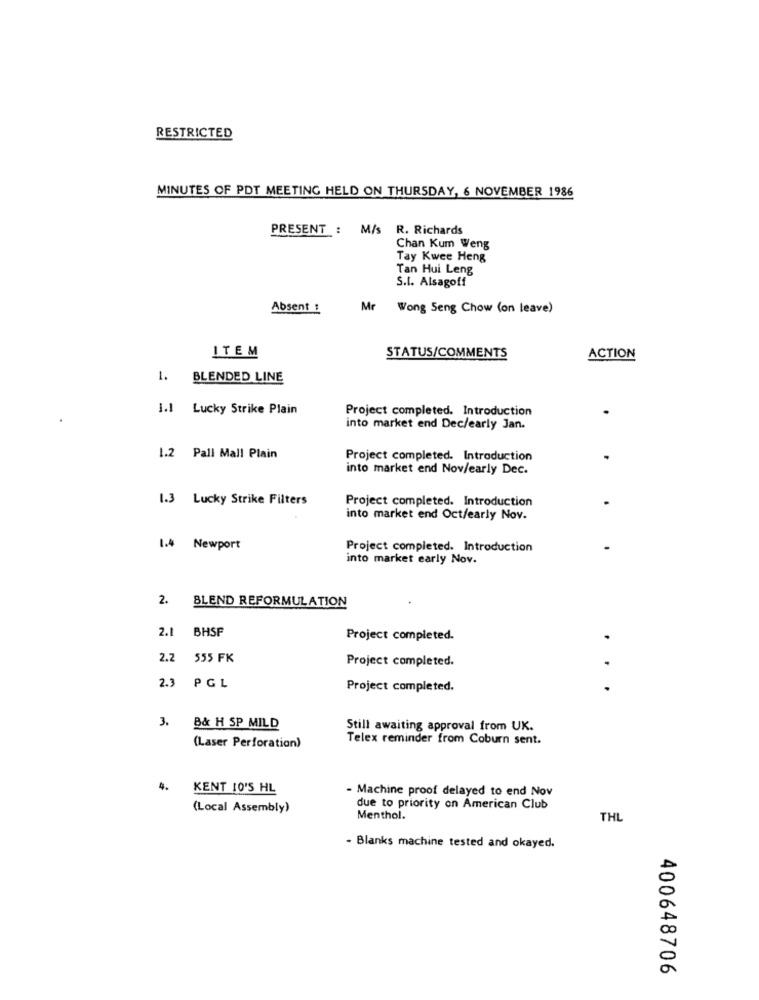
RESTRICTED
MINUTES OF PDT MEETING HELD ON THURSDAY, 6 NOVEMBER 1986
PRESENT : M/s R. Richards
Chan Kum Weng
Tay Kwee Heng
Tan Hui Leng
S.L. Alsagoff
Absent :
Mr
Wong Seng Chow (on leave)
ITEM
STATUS/COMMENTS
ACTION
1. BLENDED LINE
1.1 Lucky Strike Plain
Project completed. Introduction
into market end Dec/early Jan.
1.2 Pall Mall Plain
Project completed. Introduction
into market end Nov/early Dec.
1.3 Lucky Strike Filters
Project completed. Introduction
into market end Oct/early Nov.
1.4 Newport
Project completed. Introduction
into market early Nov.
2. BLEND REFORMULATION
2.1
BHSF
Project completed.
2.2
555 FK
Project completed.
2.3 P GL
Project completed.
3. B& H SP MILD
Still awaiting approval from UK.
Telex reminder from Coburn sent.
(Laser Perforation)
4.
KENT 10'S HL
- Machine proof delayed to end Nov
(Local Assembly)
due to priority on American Club
Menthol.
THL
- Blanks machine tested and okayed.
400648706